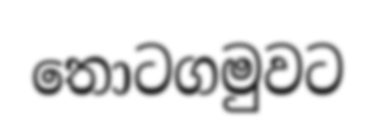
තොටගමුවට